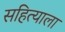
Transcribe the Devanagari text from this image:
सहित्याला